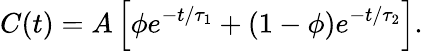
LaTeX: C(t)=A\left[\phi e^{-t/\tau_{1}}+(1-\phi)e^{-t/\tau_{2}}\right].